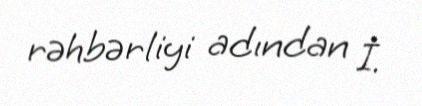
rəhbərliyi adından İ.